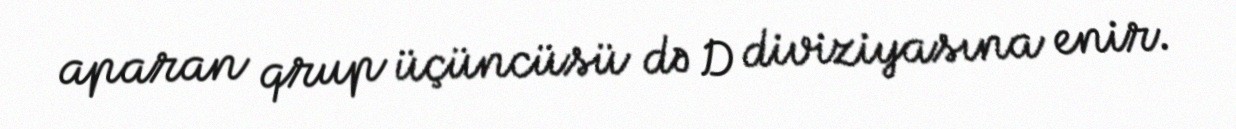
aparan qrup üçüncüsü də D diviziyasına enir.